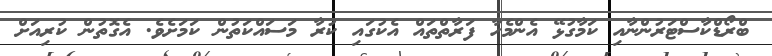
ބްރޯޑްކާސްޓަރުންނާއި ކަމާގުޅޭ އެންމެހާ ފަރާތްތައް އެކުގައި ކުރާ މަސައްކަތުން ކަމަށެވެ. އެގޮތުން ކުރިއަށް